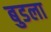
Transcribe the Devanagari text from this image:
बुडला